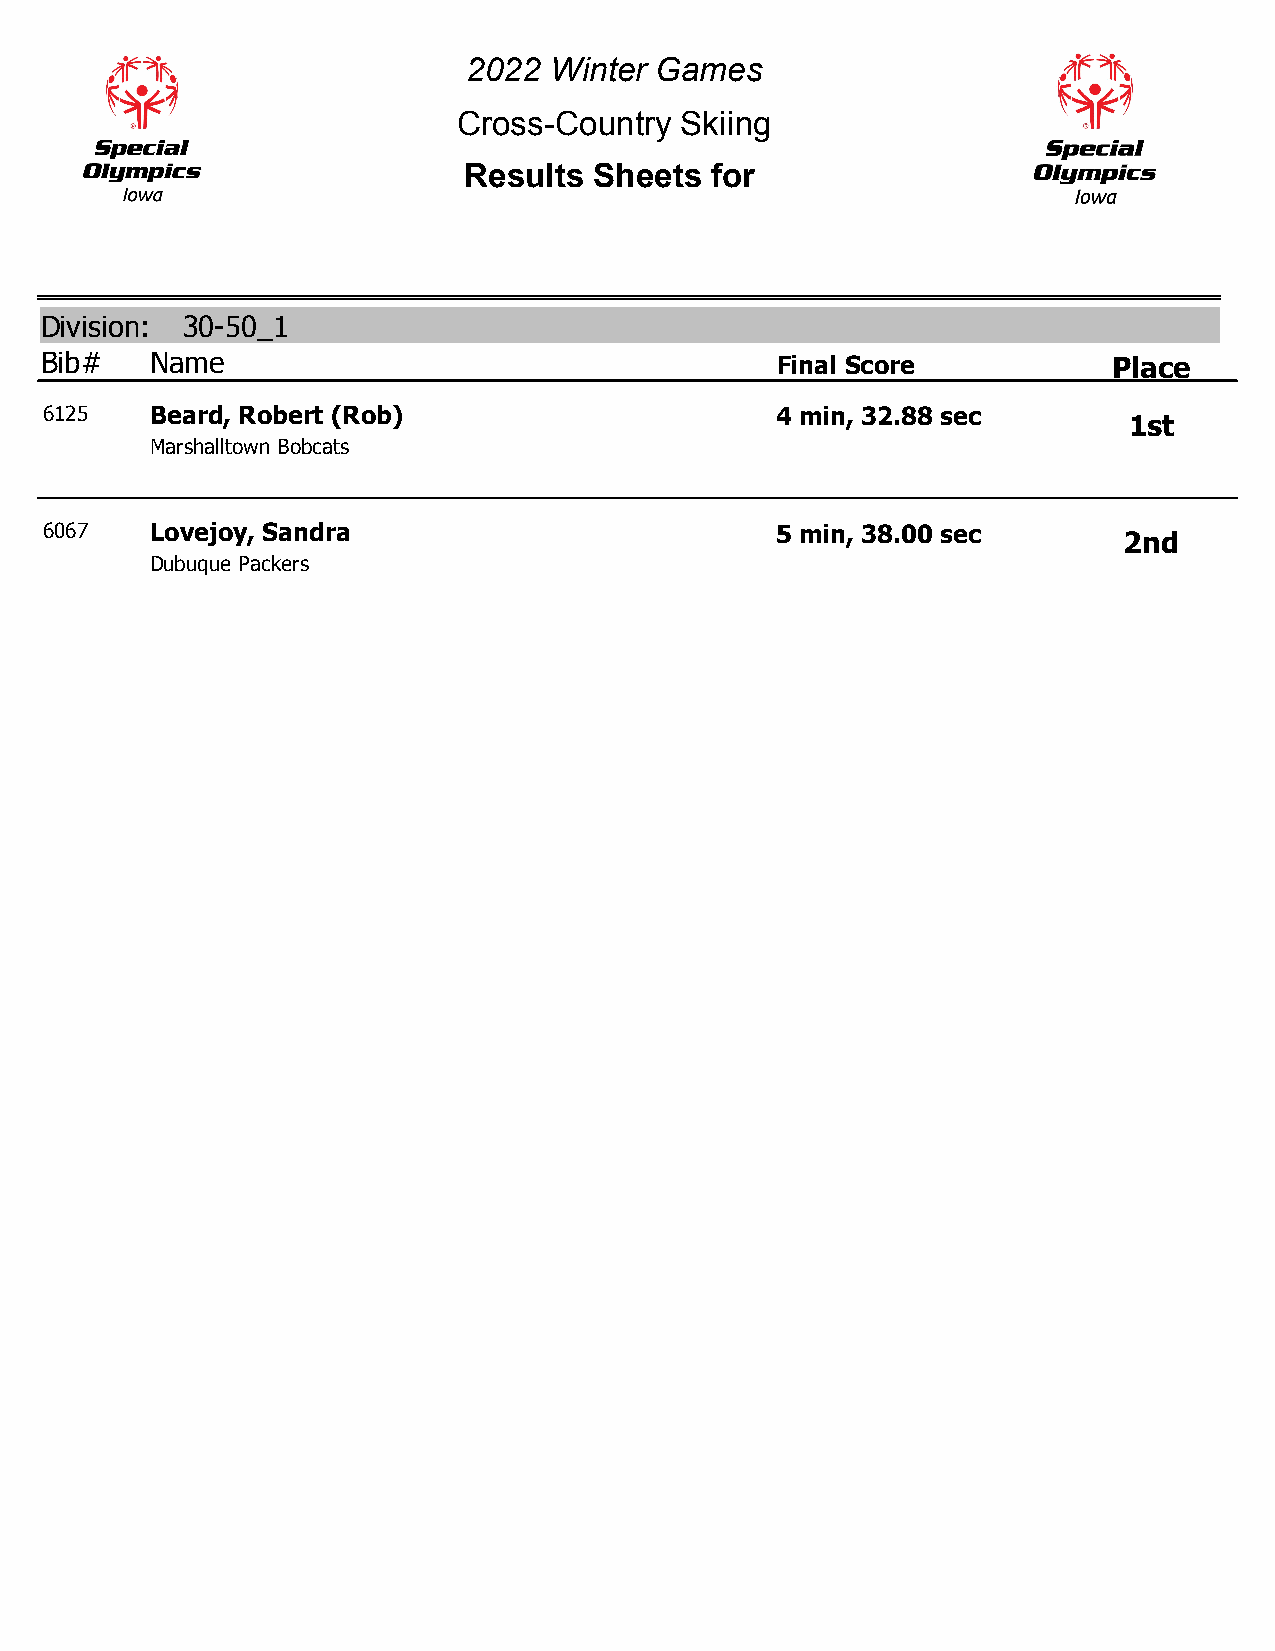
2022 Winter Games
 Cross-Country  Skiing
 Results Sheets  for
 Division: 30-50_1
 Bib#   Name                                     Final Score            Place
 6125   Beard, Robert (Rob)                      4 min, 32.88 sec
 1st
 Marshalltown Bobcats
 6067   Lovejoy, Sandra                          5 min, 38.00 sec
 2nd
 Dubuque Packers